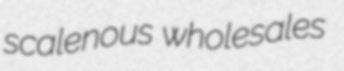
scalenous wholesales